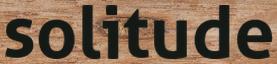
solitude